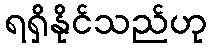
ရရှိနိုင်သည်ဟု